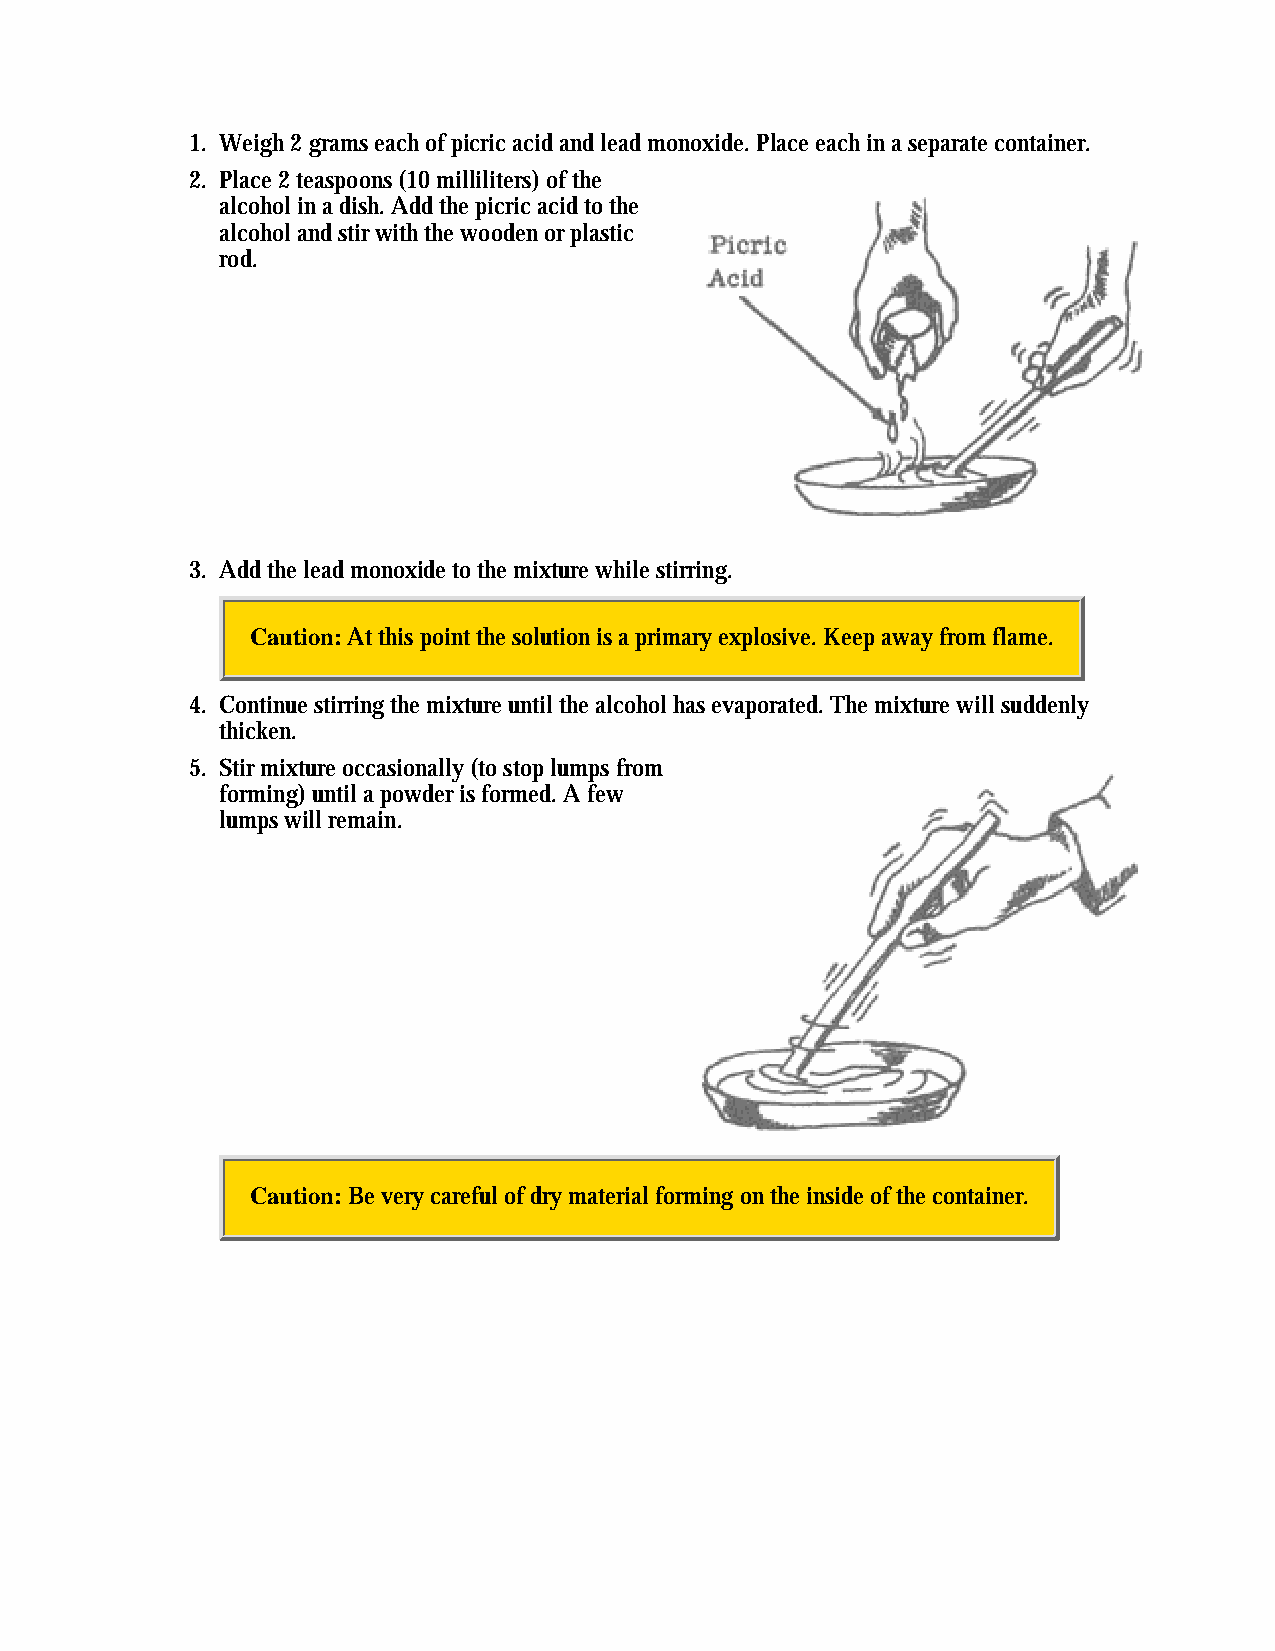
1. Weigh 2 grams each of picric acid and lead monoxide. Place each in a separate container.
 2. Place 2 teaspoons (10 milliliters) of the
 alcohol in a dish. Add the picric acid to the
 alcohol and stir with the wooden or plastic
 rod.
 3. Add the lead monoxide to the mixture while stirring.
 Caution: At this point the solution is a primary explosive. Keep away from flame.
 4. Continue stirring the mixture until the alcohol has evaporated. The mixture will suddenly
 thicken.
 5. Stir mixture occasionally (to stop lumps from
 forming) until a powder is formed. A few
 lumps will remain.
 Caution: Be very careful of dry material forming on the inside of the container.